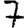
Digit: 7